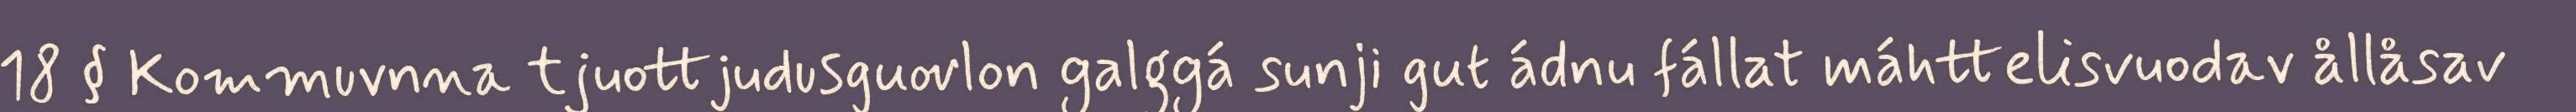
18 § Kommuvnna tjuottjudusguovlon galggá sunji gut ádnu fállat máhttelisvuodav ållåsav